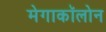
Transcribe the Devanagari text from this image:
मेगाकॉलोन